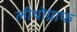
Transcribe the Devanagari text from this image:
लीथोग्राफ